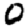
Digit: 0